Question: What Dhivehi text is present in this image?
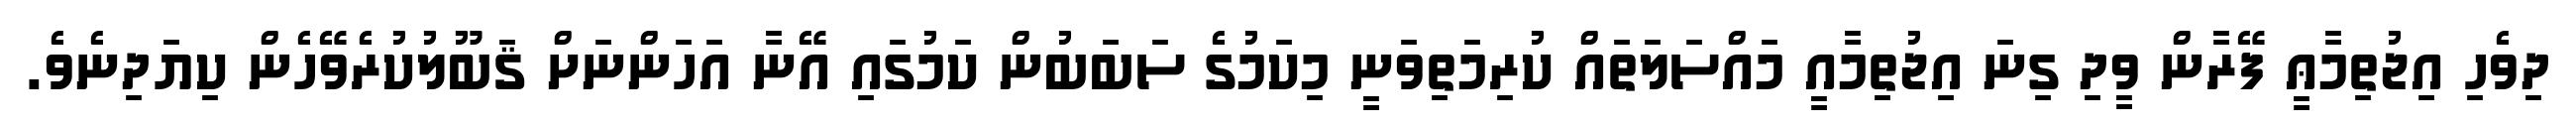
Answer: ދިވެހި އިޖުތިމާޢީ ފޭރާން ވީދި ގިނަ އިޖުތިމާއީ މައްސަލަތައް ކުރިމަތިވަނީ މިކަމުގެ ސަބަބުން ކަމުގައި އޭނާ އަހަންނަށް ޤަބޫލުކުރެވޭހެން ކިޔަދިނެވެ.